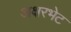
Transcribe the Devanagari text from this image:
अक्षरभेट